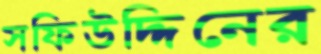
সফিউদ্দিনের